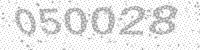
Solution: 050028